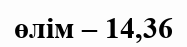
өлім – 14,36